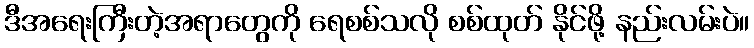
ဒီအရေးကြီးတဲ့အရာတွေကို ရေစစ်သလို စစ်ထုတ် နိုင်ဖို့ နည်းလမ်းပဲ။